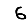
Digit: 6